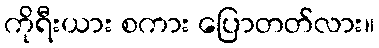
ကိုရီးယား စကား ပြောတတ်လား။